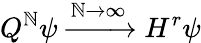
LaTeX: Q^{\mathbb{N}}\psi\xrightarrow{{\mathbb{N}\rightarrow\infty}}{{H^{r}}}\psi